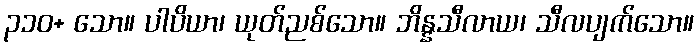
၃၁၀+ သော။ ပါပိယာ၊ ယုတ်ညစ်သော။ ဘိန္နသီလာယ၊ သီလပျက်သော။